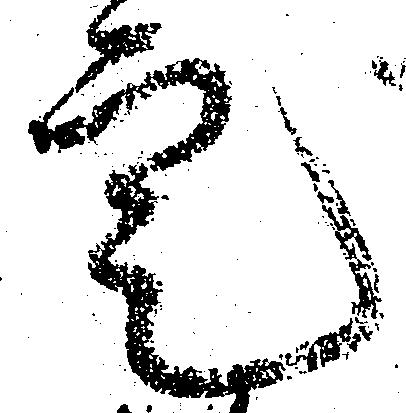
定